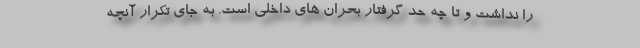
را نداشت و تا چه حد گرفتار بحران های داخلی است. به جای تکرار آنچه